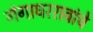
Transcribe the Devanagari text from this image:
गंगाधररावांचे